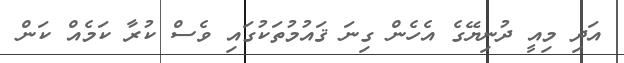
އަދި މިއީ ދުނިޔޭގެ އެހެން ގިނަ ޤައުމުތަކުގައި ވެސް ކުރާ ކަމެއް ކަން